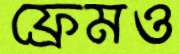
ফ্রেমও